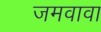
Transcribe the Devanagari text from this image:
जमवावा